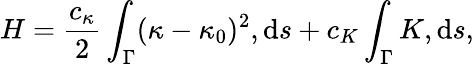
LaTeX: H=\frac{c_{\kappa}}{2}\int_{\Gamma}(\kappa-\kappa_{0})^{2},\mathrm{d}s+c_{K}\int_{\Gamma}K,\mathrm{d}s,